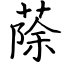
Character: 蒢